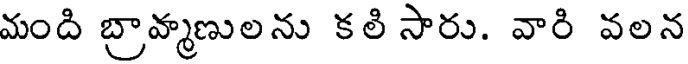
మంది బ్రావ్మణులను కలి సారు. వారి వలన